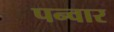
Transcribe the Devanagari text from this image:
पन्वार